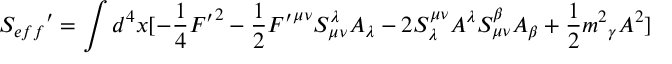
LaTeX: { S _ { e f f } } ^ { \prime } = \int { d ^ { 4 } x [ - \frac { 1 } { 4 } { F ^ { \prime } } ^ { 2 } - \frac { 1 } { 2 } { F ^ { \prime } } ^ { { \mu } { \nu } } S _ { { \mu } { \nu } } ^ { \lambda } A _ { \lambda } - 2 S _ { \lambda } ^ { { \mu } { \nu } } A ^ { \lambda } S _ { { \mu } { \nu } } ^ { \beta } A _ { \beta } + \frac { 1 } { 2 } { m ^ { 2 } } _ { \gamma } A ^ { 2 } ] }